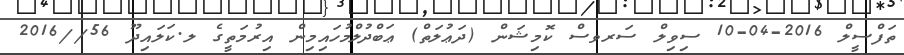
ތަފްސީލް 2016-04-10 ސިވިލް ސަރވސް ކޮމިޝަން (ދަޢުލަތް) ޢަބްދުލްމުހައިމިން އިރުމަތީގެ ލ.ކަލައިދޫ 56//2016